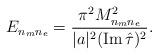
LaTeX: \begin{align*}E_{n_m n_e}={\pi^2 M_{n_mn_e}^2\over |a|^2({\rm Im}\, \hat\tau)^2}.\end{align*}